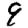
Digit: 9